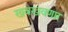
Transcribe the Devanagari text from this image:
खवखवणार